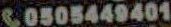
C0505449401